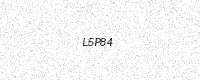
Text: L5P84